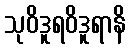
သုဝိဒူရဝိဒူရာနိ